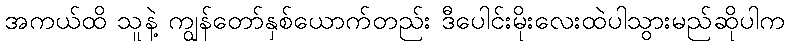
အကယ်ထိ သူနဲ့ ကျွန်တော်နှစ်ယောက်တည်း ဒီပေါင်းမိုးလေးထဲပါသွားမည်ဆိုပါက